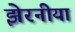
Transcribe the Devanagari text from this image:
झेरनीयां